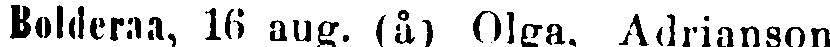
Bolderaa, 16 avg. (å) Olga, Adrianson,